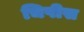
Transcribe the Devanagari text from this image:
चिपीस